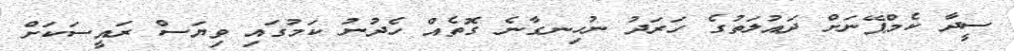
ސީދާ ކެމްޕޭނަށް ދައުލަތުގެ ހަރަދު ނުހިނގާނެ ގޮތެއް ހެދުނު ކަމުގައި ވިޔަސް ރައީސަކަށް